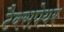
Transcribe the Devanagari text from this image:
टैक्सपेयर